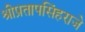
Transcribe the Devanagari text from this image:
श्रीप्रतापसिंहराजे